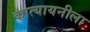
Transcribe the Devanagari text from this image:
कात्यायनीला